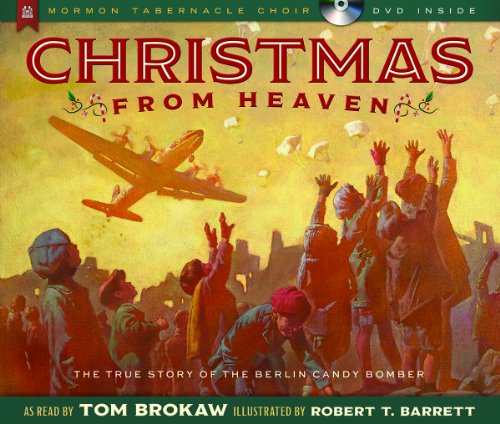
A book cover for Christmas from Heaven: The True Story of the Berlin Candy Bomber; Tom Brokaw; Children's Books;